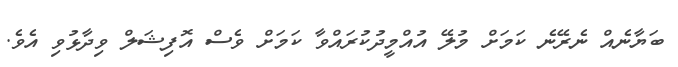
ބަޔާނެއް ނެރޭނެ ކަމަށް މުލޭ އުއްމީދުކުރައްވާ ކަމަށް ވެސް އޮފިޝަލް ވިދާޅުވި އެވެ.